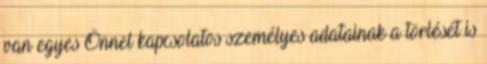
van egyes Önnel kapcsolatos személyes adatainak a törlését is